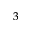
^ 3